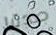
صدقا